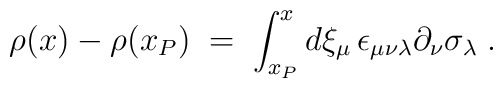
\rho (x) - \rho (x_P) \;=\; \int_{x_P}^x d\xi_\mu \,  \epsilon_{\mu\nu\lambda} \partial_\nu \sigma_\lambda \;.